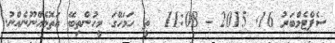
ސެޕްޓެމްބަރު 16